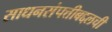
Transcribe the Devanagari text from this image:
साधनसंपत्तीबद्दलची